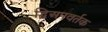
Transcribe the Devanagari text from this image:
द्विअपवर्तक